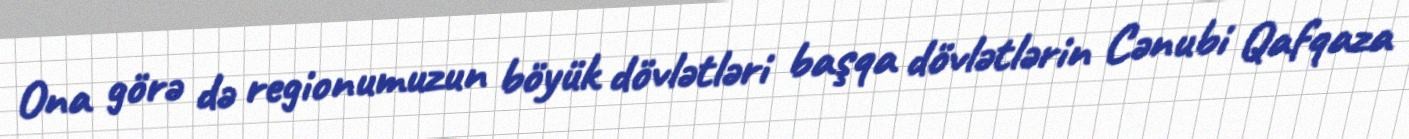
Ona görə də regionumuzun böyük dövlətləri başqa dövlətlərin Cənubi Qafqaza